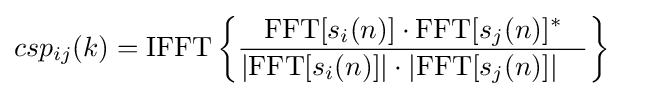
csp_{ij}(k)={\text{IFFT}}\left\{{\frac {{\text{FFT}}[s_{i}(n)]\cdot {\text{FFT}}[s_{j}(n)]^{*}}{\left|{\text{FFT}}[s_{i}(n)]\right\vert \cdot \left|{\text{FFT}}[s_{j}(n)]\right\vert \quad }}\right\}\quad